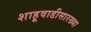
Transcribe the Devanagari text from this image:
शाहूवाडीसारख्या